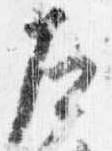
左